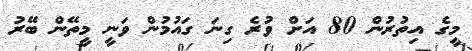
މީގެ އިތުރުން 80 އަށް ވުރެ ގިނަ ގައުމުން ވަނީ މީތޭން ބޭރު